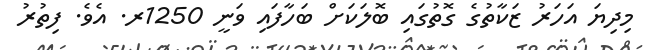
މިދިޔަ އަހަރު ޒަކާތުގެ ގޮތުގައި ބޮލަކަށް ބަހާފައި ވަނީ 1250ރ. އެވެ. ފިތުރު